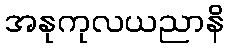
အနုကုလယညာနိ